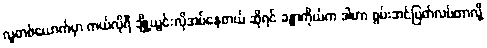
လူတစ်ယောက်မှာ ကယ်လိုရီ ချို့ယွင်းလိုအပ်နေတယ် ဆိုရင် ခန္ဓာကိုယ်က ဒါဟာ စွမ်းအင်ပြတ်လပ်တာလို့